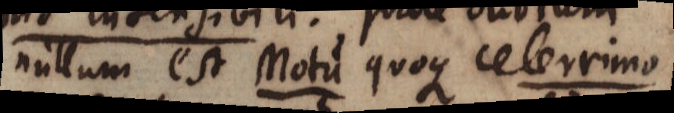
nullum est Motu quoque celerrimo